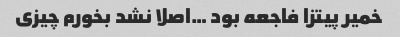
خمیر پیتزا فاجعه بود …اصلا نشد بخورم چیزی